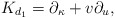
\begin{align*}{K}_{d_1}=\partial_{\kappa }+v\partial_u,\end{align*}